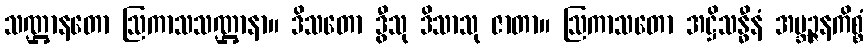
သဏ္ဌာနတော ဩကာသသဏ္ဌာနာ။ ဒိသတော ဒွီသု ဒိသာသု ဇာတာ။ ဩကာသတော အဋ္ဌိသန္ဓီနံ အဗ္ဘဉ္ဇနကိစ္စံ